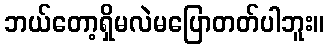
ဘယ်တော့ရှိမလဲမပြောတတ်ပါဘူး။